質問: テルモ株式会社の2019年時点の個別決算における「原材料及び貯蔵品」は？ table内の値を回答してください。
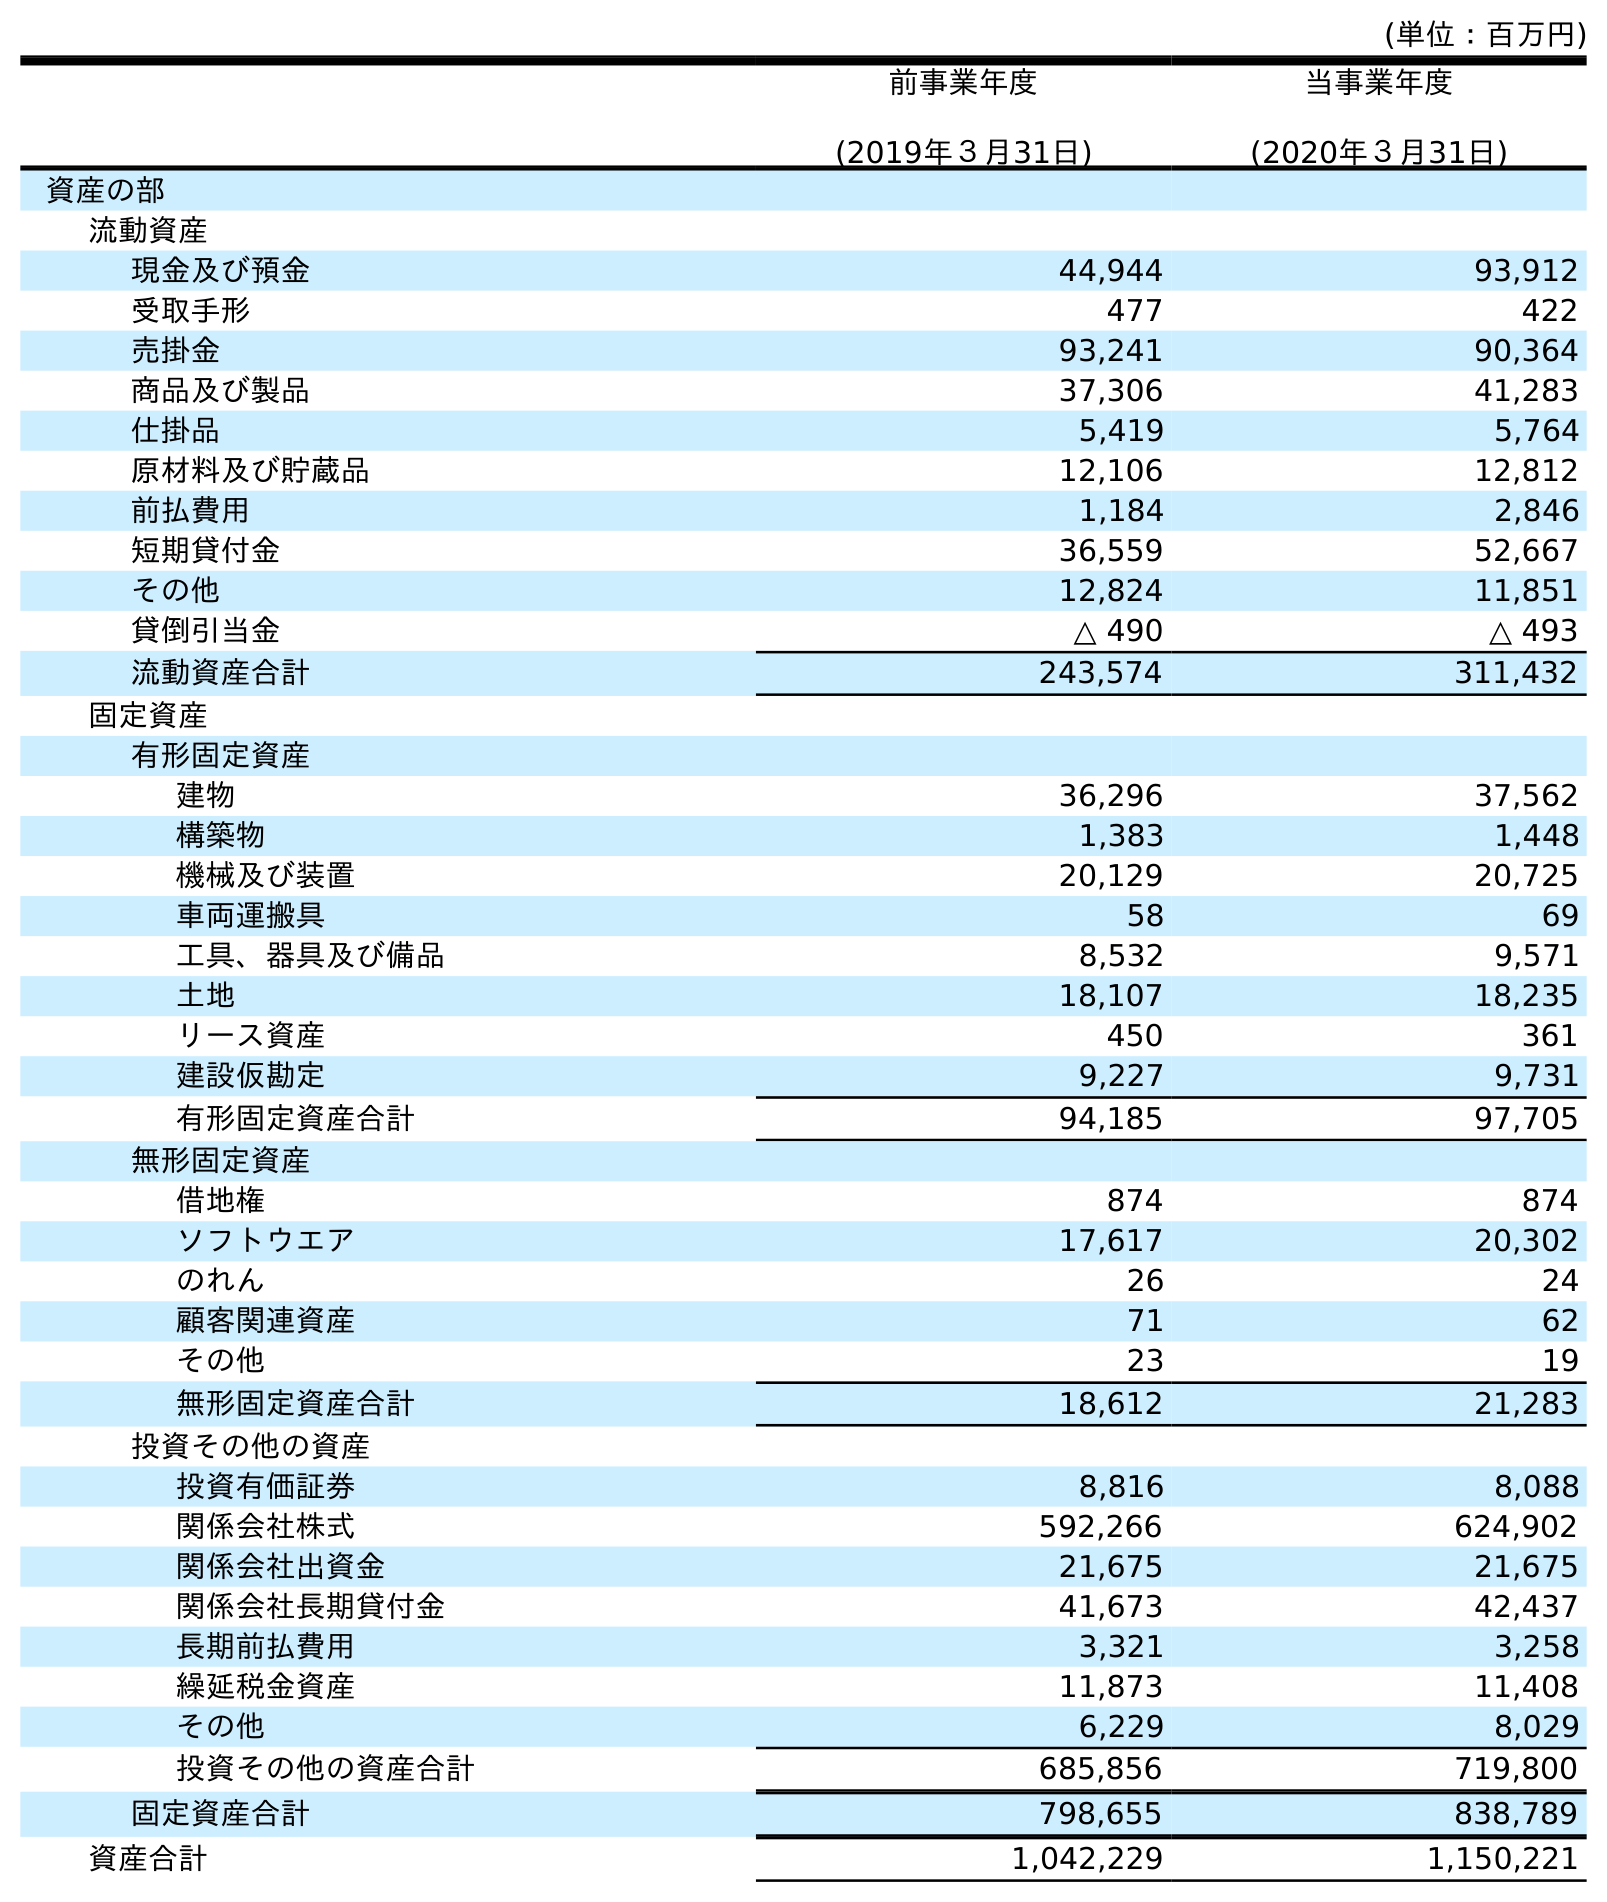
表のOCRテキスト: (単位：百万円) 前事業年度 (2019年３月31日) 当事業年度 (2020年３月31日) 資産の部 流動資産 現金及び預金 44,944 93,912 受取手形 477 422 売掛金 93,241 90,364 商品及び製品 37,306 41,283 仕掛品 5,419 5,764 原材料及び貯蔵品 12,106 12,812 前払費用 1,184 2,846 短期貸付金 36,559 52,667 その他 12,824 11,851 貸倒引当金 △ 490 △ 493 流動資産合計 243,574 311,432 固定資産 有形固定資産 建物 36,296 37,562 構築物 1,383 1,448 機械及び装置 20,129 20,725 車両運搬具 58 69 工具、器具及び備品 8,532 9,571 土地 18,107 18,235 リース資産 450 361 建設仮勘定 9,227 9,731 有形固定資産合計 94,185 97,705 無形固定資産 借地権 874 874 ソフトウエア 17,617 20,302 のれん 26 24 顧客関連資産 71 62 その他 23 19 無形固定資産合計 18,612 21,283 投資その他の資産 投資有価証券 8,816 8,088 関係会社株式 592,266 624,902 関係会社出資金 21,675 21,675 関係会社長期貸付金 41,673 42,437 長期前払費用 3,321 3,258 繰延税金資産 11,873 11,408 その他 6,229 8,029 投資その他の資産合計 685,856 719,800 固定資産合計 798,655 838,789 資産合計 1,042,229 1,150,221
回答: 12,106